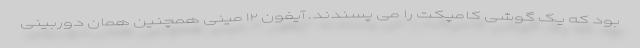
بود که یک گوشی کامپکت را می پسندند. آیفون ۱۲ مینی همچنین همان دوربینی